Vaccination Hyderabad 1890-1903 - 1890-1903
Year: 1890
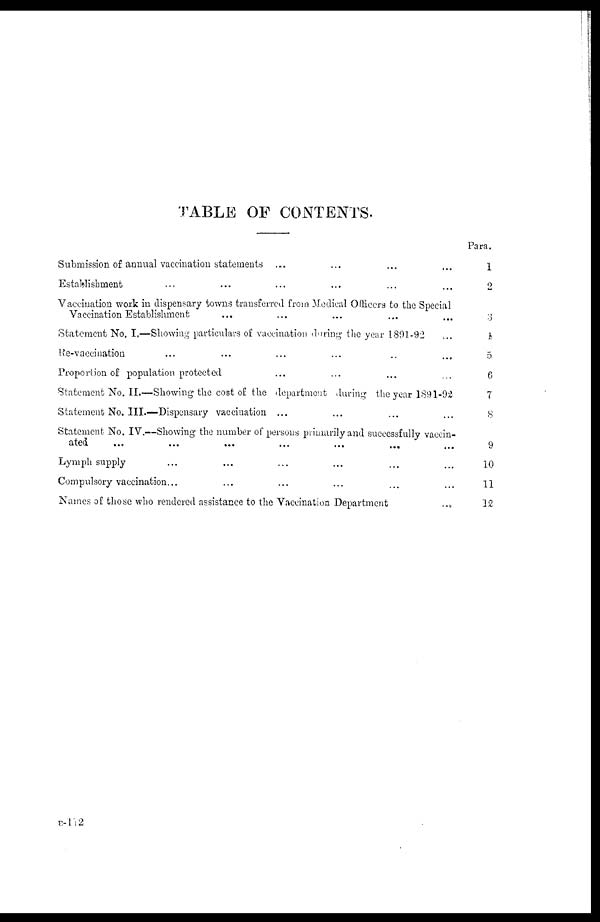
TABLE OF CONTENTS.
Submission of annual vaccination statements ... ... ... ...
Establishment ... ... ... ... ... ... ...
Vaccination work in dispensary towns transferred from Medical Officers to the Special
Vaccination Establishment ... ... ... ... ...
Statement No. I.—Showing particulars of vaccination during the year 1801-92 ...
Re-vaccination ... ... ... ... ... ...
Proportion of population protected ... ... ... ...
Statement No. II.—Showing the cost of the department during the year 1891-92
Statement No. III.—Dispensary vaccination ... ... ... ...
Statement No. IV.—Showing the number of persons primarily and successfully vaccin¬
axed. ... ... ... ... ... ... ...
Lymph supply ... ... ... ... ... ...
Compulsory vaccination... ... ... ... ... ...
Names of those who rendered assistance to the Vaccination Department
...
Para.
1
2
3
4
5
6
7
8
9
10
11
12
B—112